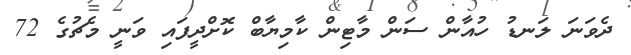
ދެވަނަ ލަނޑު ހުއާން ސަން މާޓިން ކާމިޔާބް ކޮށްދީފައި ވަނީ މެޗުގެ 72